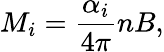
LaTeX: M_{i}={\frac{\alpha_{i}}{4\pi}}nB,